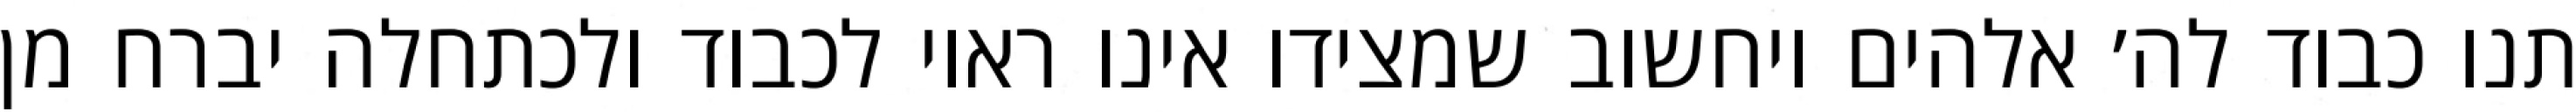
תנו כבוד לה׳ אלהים ויחשוב שמצידו אינו ראוי לכבוד ולכתחלה יברח מן